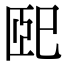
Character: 巸